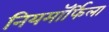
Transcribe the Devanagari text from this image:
नियमॉर्फिला